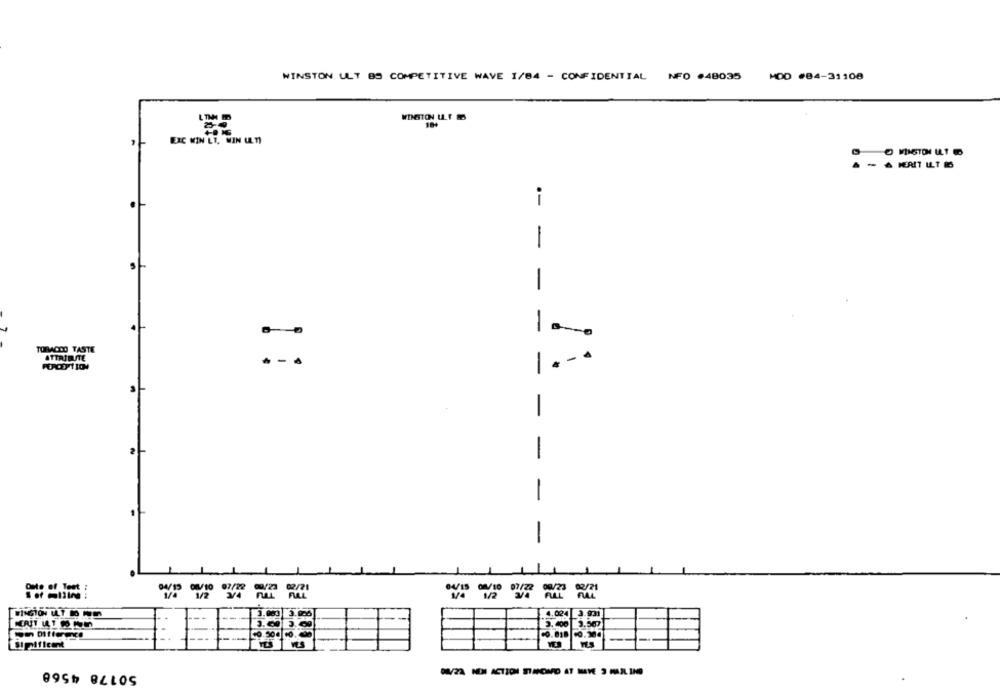
WINSTON ULT BS COMPETITIVE WAVE 1/84 - CONFIDENTIAL NFO .48035 HOD #84-31108
WINSTON ULF
18+
EXC WIN LT. WIN ULTI
-
A FERIT LLT BB
1
-
-
TORACICO TASTE
ATTRIBUTE
FORCEPTION
::
-
-
Oste of Tent
10.818
1.300
Sipificant
50178 4568